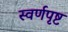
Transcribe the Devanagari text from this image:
स्वर्णपृष्ट